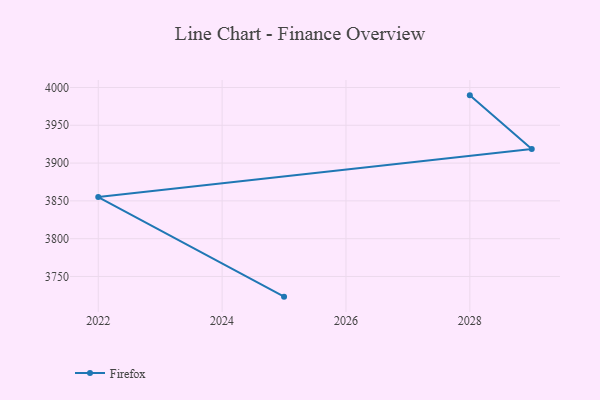
{"axis": {"x": "Year", "y": "Humidity (%)"}, "legend": ["Firefox"], "data": [{"x": "2028", "y": 3989.6, "type": "Firefox"}, {"x": "2029", "y": 3918.5, "type": "Firefox"}, {"x": "2022", "y": 3855.1, "type": "Firefox"}, {"x": "2025", "y": 3723.3, "type": "Firefox"}]}